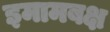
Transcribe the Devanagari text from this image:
इमामबक्ष